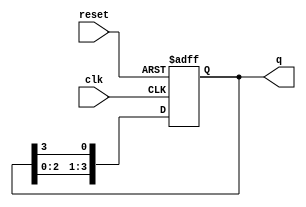
module ring_counter (
    input wire clk,          // Clock signal
    input wire reset,        // Reset signal
    output reg [N-1:0] q     // Output state of the ring counter
);
    parameter N = 4;         // Number of flip-flops (adjust as needed)

    // Initial state: 1 at the most significant bit (MSB)
    always @(posedge clk or posedge reset) begin
        if (reset) begin
            q <= 1'b1 << (N-1); // Initialize the counter to 1000...0 (for N=4)
        end else begin
            q <= {q[N-2:0], q[N-1]}; // Shift left and wrap the last bit to the front
        end
    end
endmodule